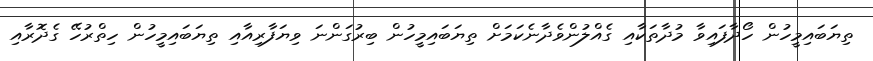
ތިޔަބައިމީހުން ހޯދާފައިވާ މުދާތަކާއި ގެއްލުންވެދާނެކަމަށް ތިޔަބައިމީހުން ބިރުގަންނަ ވިޔަފާރިއާއި ތިޔަބައިމީހުން ހިތްރުހޭ ގެދޮރާއި